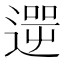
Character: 𨕬